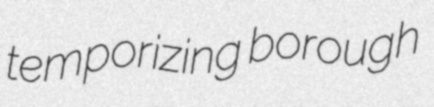
temporizing borough